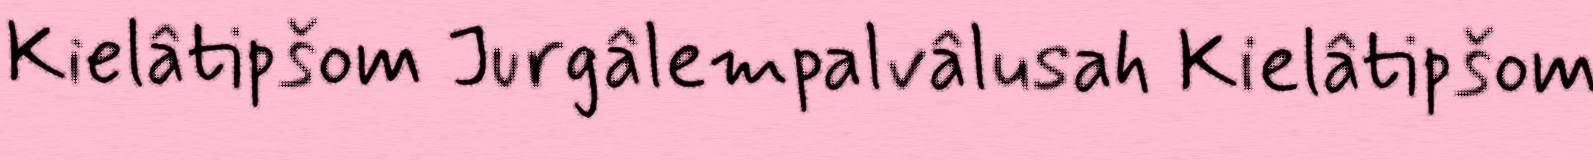
Kielâtipšom Jurgâlempalvâlusah Kielâtipšom